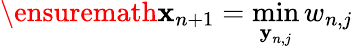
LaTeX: \ensuremath{\mathbf{x}}_{n+1}=\operatorname*{min}_{\textbf{y}_{n,j}}w_{n,j}